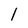
Character: l